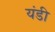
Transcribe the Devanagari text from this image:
यंडी